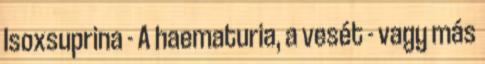
Isoxsuprina - A haematuria, a vesét - vagy más